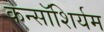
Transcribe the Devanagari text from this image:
कन्सॉशिर्यम